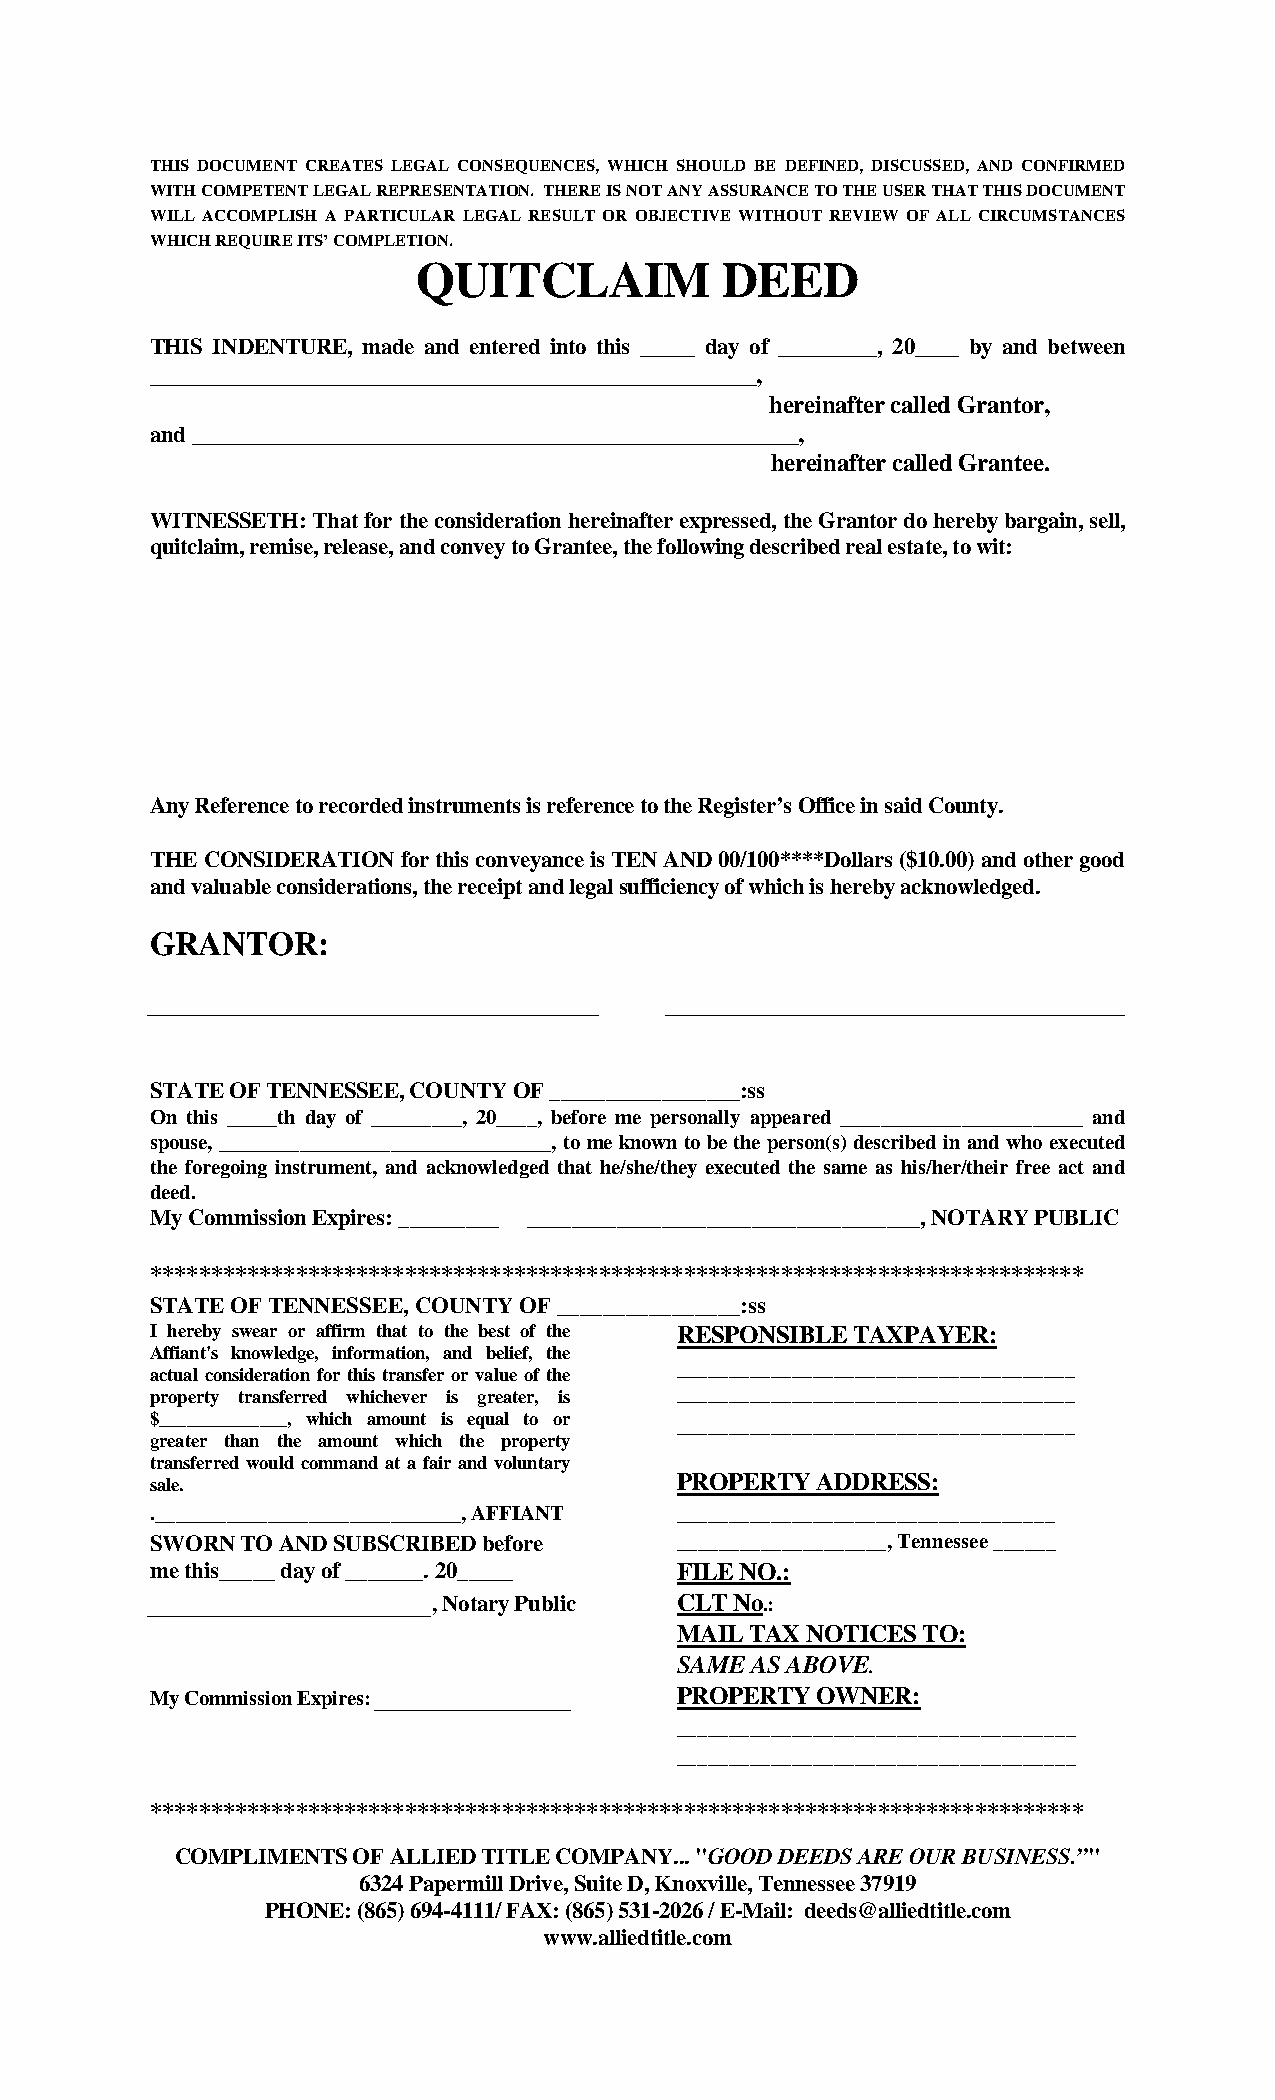
THIS DOCUMENT CREATES LEGAL CONSEQUENCES, WHICH SHOULD BE DEFINED, DISCUSSED, AND CONFIRMED
 WITH COMPETENT LEGAL REPRESENTATION. THERE IS NOT ANY ASSURANCE TO THE USER THAT THIS DOCUMENT
 WILL ACCOMPLISH A PARTICULAR LEGAL RESULT OR OBJECTIVE WITHOUT REVIEW OF ALL CIRCUMSTANCES
 WHICH REQUIRE ITS’ COMPLETION.
 QUITCLAIM           DEED
 THIS INDENTURE, made and entered into this _____ day of _________, 20____ by and between
 __________________________________________________,
 hereinafter called Grantor,
 and __________________________________________________,
 hereinafter called Grantee.
 WITNESSETH: That for the consideration hereinafter expressed, the Grantor do hereby bargain, sell,
 quitclaim, remise, release, and convey to Grantee, the following described real estate, to wit:
 Any Reference to recorded instruments is reference to the Register’s Office in said County.
 THE CONSIDERATION for this conveyance is TEN AND 00/100****Dollars ($10.00) and other good
 and valuable considerations, the receipt and legal sufficiency of which is hereby acknowledged.
 GRANTOR:
 STATE OF TENNESSEE, COUNTY OF _________________:ss
 On this _____th day of _________, 20____, before me personally appeared ________________________ and
 spouse, _________________________________, to me known to be the person(s) described in and who executed
 the foregoing instrument, and acknowledged that he/she/they executed the same as his/her/their free act and
 deed.
 My Commission Expires: _________ ___________________________________, NOTARY PUBLIC
 *****************************************************************************
 STATE OF TENNESSEE, COUNTY OF ________________:ss
 I hereby swear or affirm that to the best of the RESPONSIBLE TAXPAYER:
 Affiant's knowledge, information, and belief, the
 ______________________________________
 actual consideration for this transfer or value of the
 property transferred whichever is greater, is ______________________________________
 $______________, which amount is equal to or ______________________________________
 greater than the amount which the property
 transferred would command at a fair and voluntary
 sale.                              PROPERTY ADDRESS:
 .______________________________, AFFIANT ____________________________________
 SWORN TO AND SUBSCRIBED before     ____________________, Tennessee ______
 me this_____ day of _______. 20_____ FILE NO.:
 , Notary Public CLT No.:
 MAIL TAX NOTICES TO:
 SAME AS ABOVE.
 My Commission Expires:             PROPERTY OWNER:
 ______________________________________
 ______________________________________
 *****************************************************************************
 COMPLIMENTS OF ALLIED TITLE COMPANY... "GOOD DEEDS ARE OUR BUSINESS.”"
 6324 Papermill Drive, Suite D, Knoxville, Tennessee 37919
 PHONE: (865) 694-4111/ FAX: (865) 531-2026 / E-Mail: deeds@alliedtitle.com
 www.alliedtitle.com